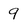
Character: 9